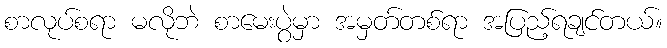
စာလုပ်စရာ မလိုဘဲ စာမေးပွဲမှာ အမှတ်တစ်ရာ အပြည့်ရချင်တယ်။